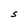
Character: S